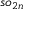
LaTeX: { \mathfrak { s o } } _ { 2 n }